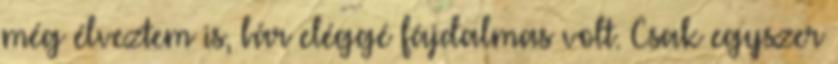
még élveztem is, bár eléggé fájdalmas volt. Csak egyszer